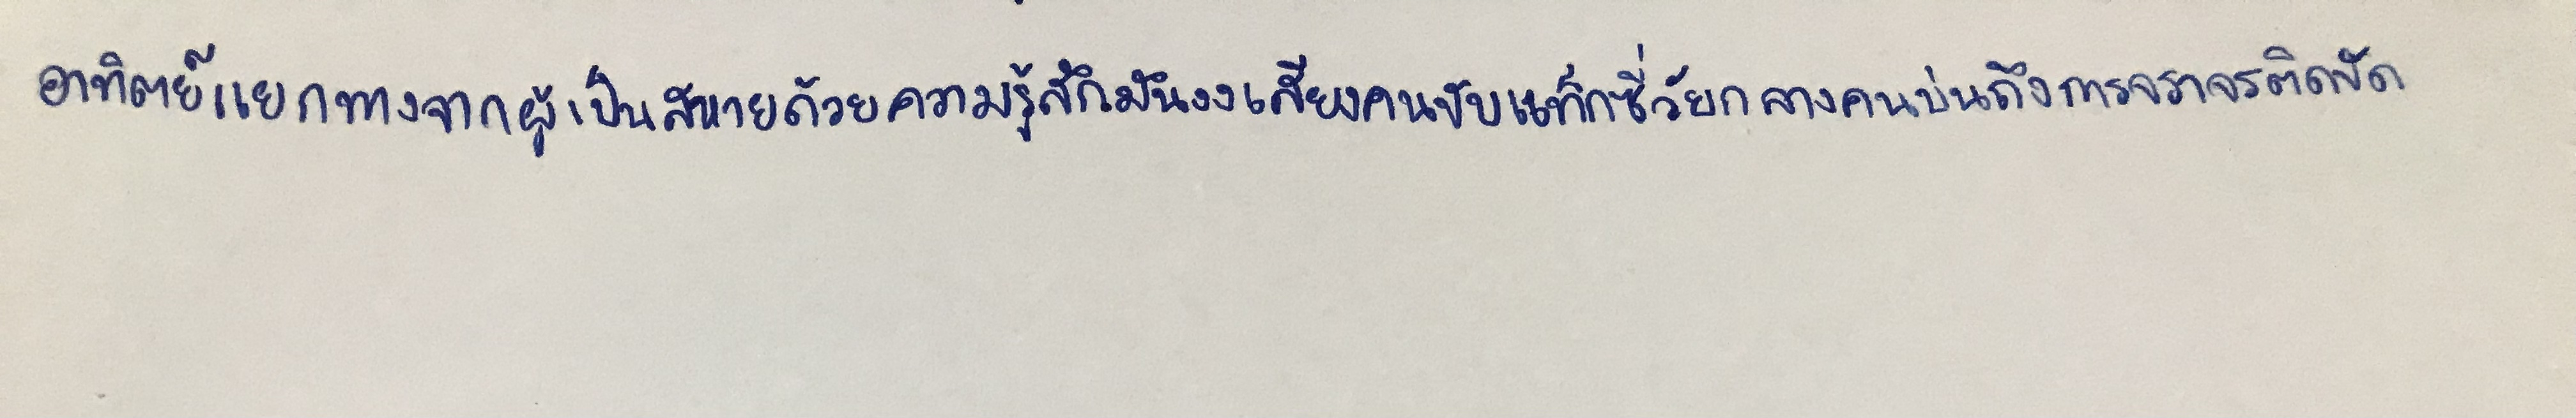
อาทิตย์แยกทางจากผู้เป็นสหายด้วยความรู้สึกมึนงงเสียงคนขับแท็กซี่วัยกลางคนบ่นถึงการจราจรติดขัด